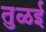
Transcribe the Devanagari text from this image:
तुळई